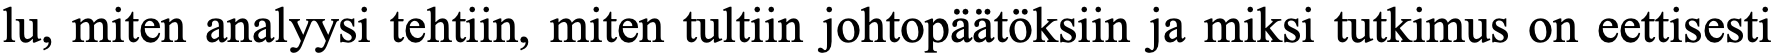
lu, miten analyysi tehtiin, miten tultiin johtopäätöksiin ja miksi tutkimus on eettisesti